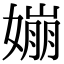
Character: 𡡈